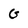
Character: g